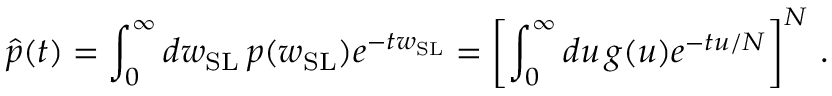
\hat { p } ( t ) = \int _ { 0 } ^ { \infty } d w _ { \mathrm { S L } } \, p ( w _ { \mathrm { S L } } ) e ^ { - t w _ { \mathrm { S L } } } = \left[ \int _ { 0 } ^ { \infty } d u \, g ( u ) e ^ { - t u / N } \right] ^ { N } \, .